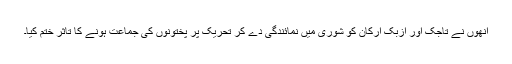
انھوں نے تاجک اور ازبک ارکان کو شوریٰ میں نمائندگی دے کر تحریک پر پختونوں کی جماعت ہونے کا تاثر ختم کیا۔